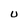
Character: U